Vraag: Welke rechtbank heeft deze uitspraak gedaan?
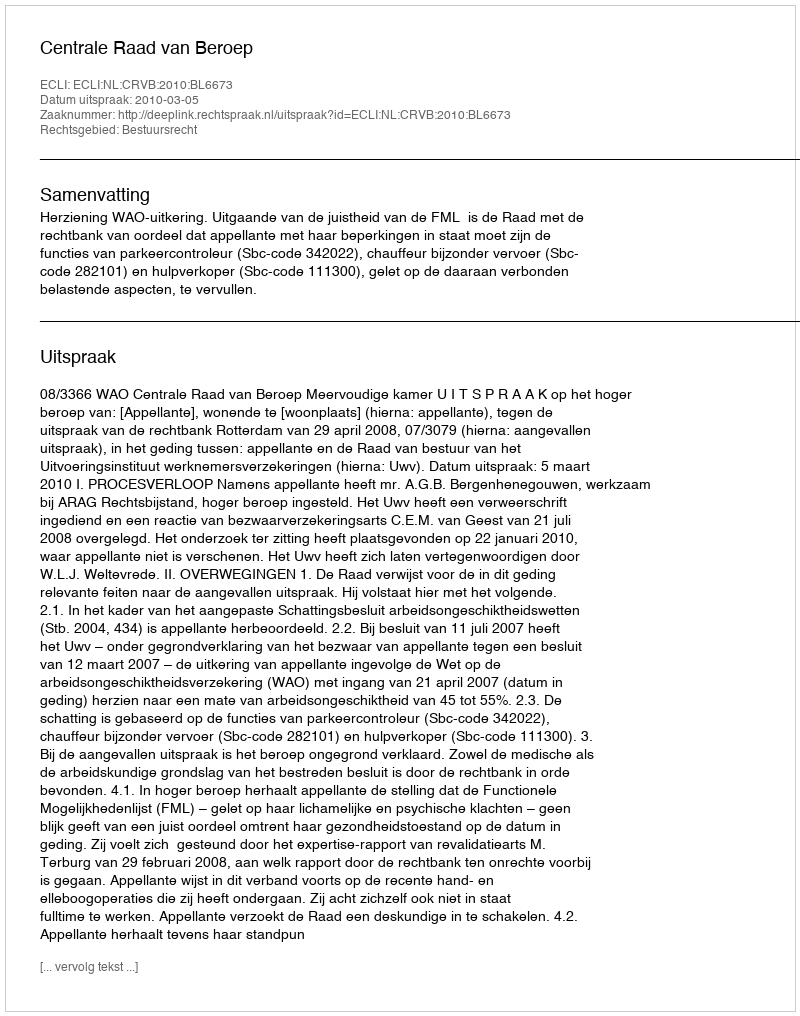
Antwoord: Centrale Raad van Beroep